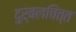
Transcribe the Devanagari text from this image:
दुर्बलचित्त